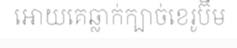
អោយគេឆ្លាក់ក្បាច់ខេរូប៊ីម